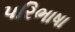
પરિભાષા